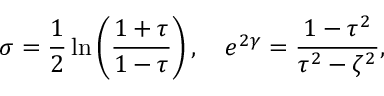
\sigma = \frac { 1 } { 2 } \ln \left( \frac { 1 + \tau } { 1 - \tau } \right) , \quad e ^ { 2 \gamma } = \frac { 1 - \tau ^ { 2 } } { \tau ^ { 2 } - \zeta ^ { 2 } } ,